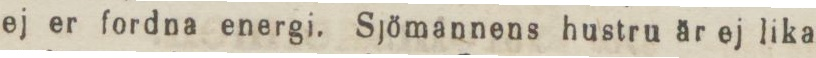
ej er fordna energi. Sjömannens hustru är ej lika